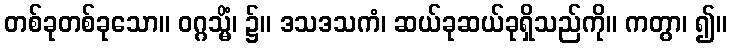
တစ်ခုတစ်ခုသော။ ဝဂ္ဂသ္မိံ၊ ၌။ ဒသဒသကံ၊ ဆယ်ခုဆယ်ခုရှိသည်ကို။ ကတွာ၊ ၍။